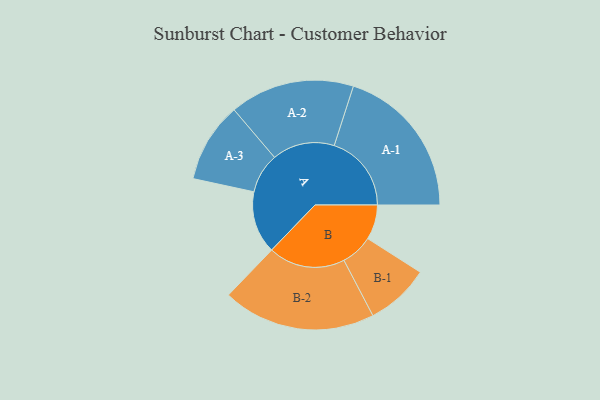
{"axis": {"x": "Segment", "y": "Value"}, "legend": ["", "A", "B"], "data": [{"x": "A", "y": 215, "type": ""}, {"x": "B", "y": 120, "type": ""}, {"x": "A-1", "y": 266, "type": "A"}, {"x": "A-2", "y": 215, "type": "A"}, {"x": "A-3", "y": 138, "type": "A"}, {"x": "B-1", "y": 110, "type": "B"}, {"x": "B-2", "y": 264, "type": "B"}]}